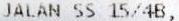
JALAN SS 15/4B,